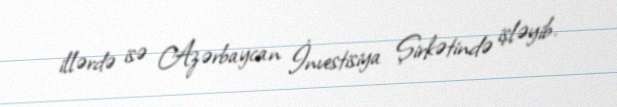
illərdə isə Azərbaycan İnvestisiya Şirkətində işləyib.